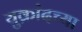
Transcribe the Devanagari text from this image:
युक्रांदच्या